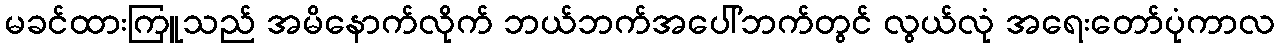
မခင်ထားကြူသည် အမိနောက်လိုက် ဘယ်ဘက်အပေါ်ဘက်တွင် လွယ်လုံ အရေးတော်ပုံကာလ